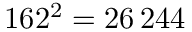
1 6 2 ^ { 2 } = 2 6 \, 2 4 4